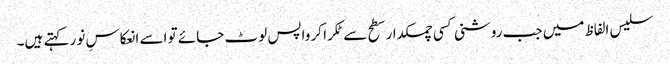
سلیس الفاظ میں جب روشنی کسی چمکدار سطح سے ٹکرا کر واپس لوٹ جائے تو اسے انعکاسِ نور کہتے ہیں۔